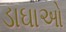
ડાઘાઓ